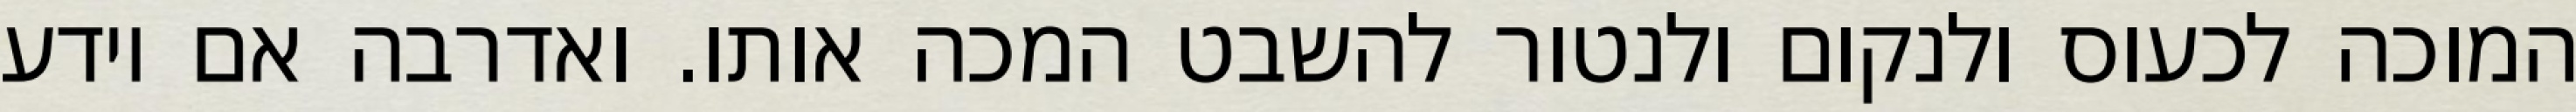
המוכה לכעוס ולנקום ולנטור להשבט המכה אותו. ואדרבה אם יודע